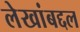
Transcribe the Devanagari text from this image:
लेखांबद्दल